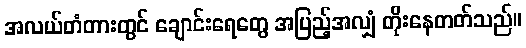
အလယ်တံတားတွင် ချောင်းရေတွေ အပြည့်အလျှံ တိုးနေတတ်သည်။